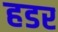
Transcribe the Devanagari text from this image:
हडर